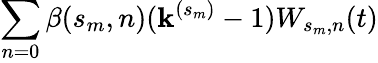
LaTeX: \sum_{n=0}\beta(s_{m},n)(\mathbf{k}^{(s_{m})}-1)W_{s_{m},n}(t)